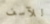
للآسف